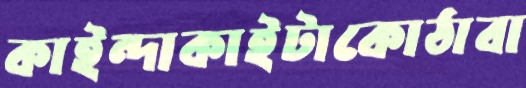
কাইন্দাকাইটাকোঠাবা